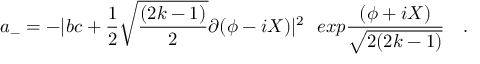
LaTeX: a _ { - } = - | b c + { \frac { 1 } { 2 } } \sqrt { \frac { ( 2 k - 1 ) } { 2 } } \partial ( \phi - i X ) | ^ { 2 } { } ~ ~ e x p { \frac { ( \phi + i X ) } { \sqrt { 2 ( 2 k - 1 ) } } } \quad .